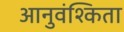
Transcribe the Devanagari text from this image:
आनुवंश्किता